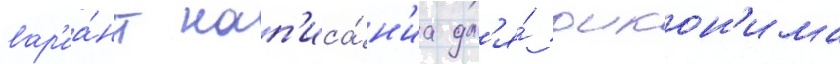
вар'иа́нт нап'иса́н'иа дл'я́ оикон'има